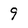
Character: 9